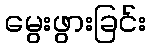
မွေးဖွားခြင်း